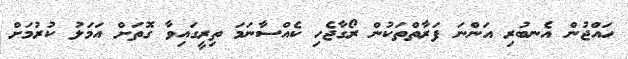
ހައްޖުން އެނބުރި އަންނަ ފަރާތްތަކުން ރޯގާޖެހި ކެއްސާނަމަ ތިރީގައިވާ ގޮތަށް އަމަލު ކުރުމަށް